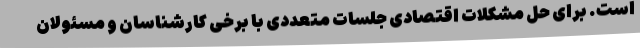
است. برای حل مشکلات اقتصادی جلسات متعددی با برخی کارشناسان و مسئولان